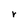
Character: r